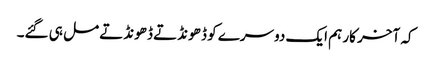
کہ آخر کار ہم ایک دوسرے کو ڈ ھونڈتے ڈھونڈتے مل ہی گئے۔